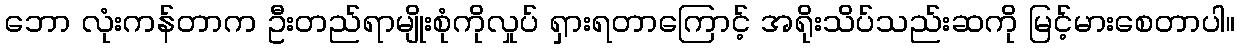
ဘော လုံးကန်တာက ဦးတည်ရာမျိုးစုံကိုလှုပ် ရှားရတာကြောင့် အရိုးသိပ်သည်းဆကို မြင့်မားစေတာပါ။